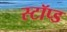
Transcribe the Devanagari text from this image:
स्टॉप्ड